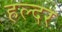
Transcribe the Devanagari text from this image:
हल्दर